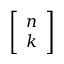
\left[ { \begin{array} { l } { n } \\ { k } \end{array} } \right]